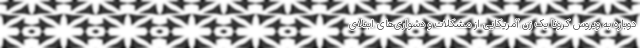
دوباره به ویروس کرونا یک زن آمریکایی از مشکلات و دشواری‌های ابتلای